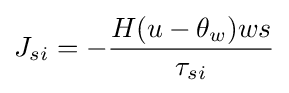
J_{si}=-{\frac {H(u-\theta _{w})ws}{\tau _{si}}}